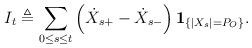
LaTeX: \begin{align*}I_t \triangleq \sum_{0 \leq s \leq t} \left ( \dot{X}_{s+} - \dot{X}_{s-} \right ) \mathbf{1}_{ \{ |X_s|=P_O \}}.\end{align*}